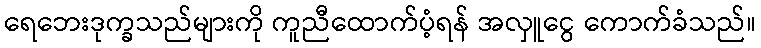
ရေဘေးဒုက္ခသည်များကို ကူညီထောက်ပံ့ရန် အလှူငွေ ကောက်ခံသည်။